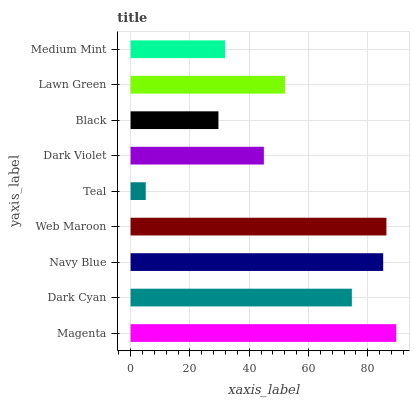
| yaxis_label | bars |
 | --- | --- |
 | Magenta | 89.6 |
 | Dark Cyan | 74.6 |
 | Navy Blue | 85.2 |
 | Web Maroon | 86.3 |
 | Teal | 5.11 |
 | Dark Violet | 44.9 |
 | Black | 29.6 |
 | Lawn Green | 52.1 |
 | Medium Mint | 31.9 |